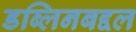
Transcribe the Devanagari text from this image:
डब्लिनबद्दल